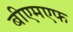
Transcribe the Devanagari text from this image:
बीएमएफ